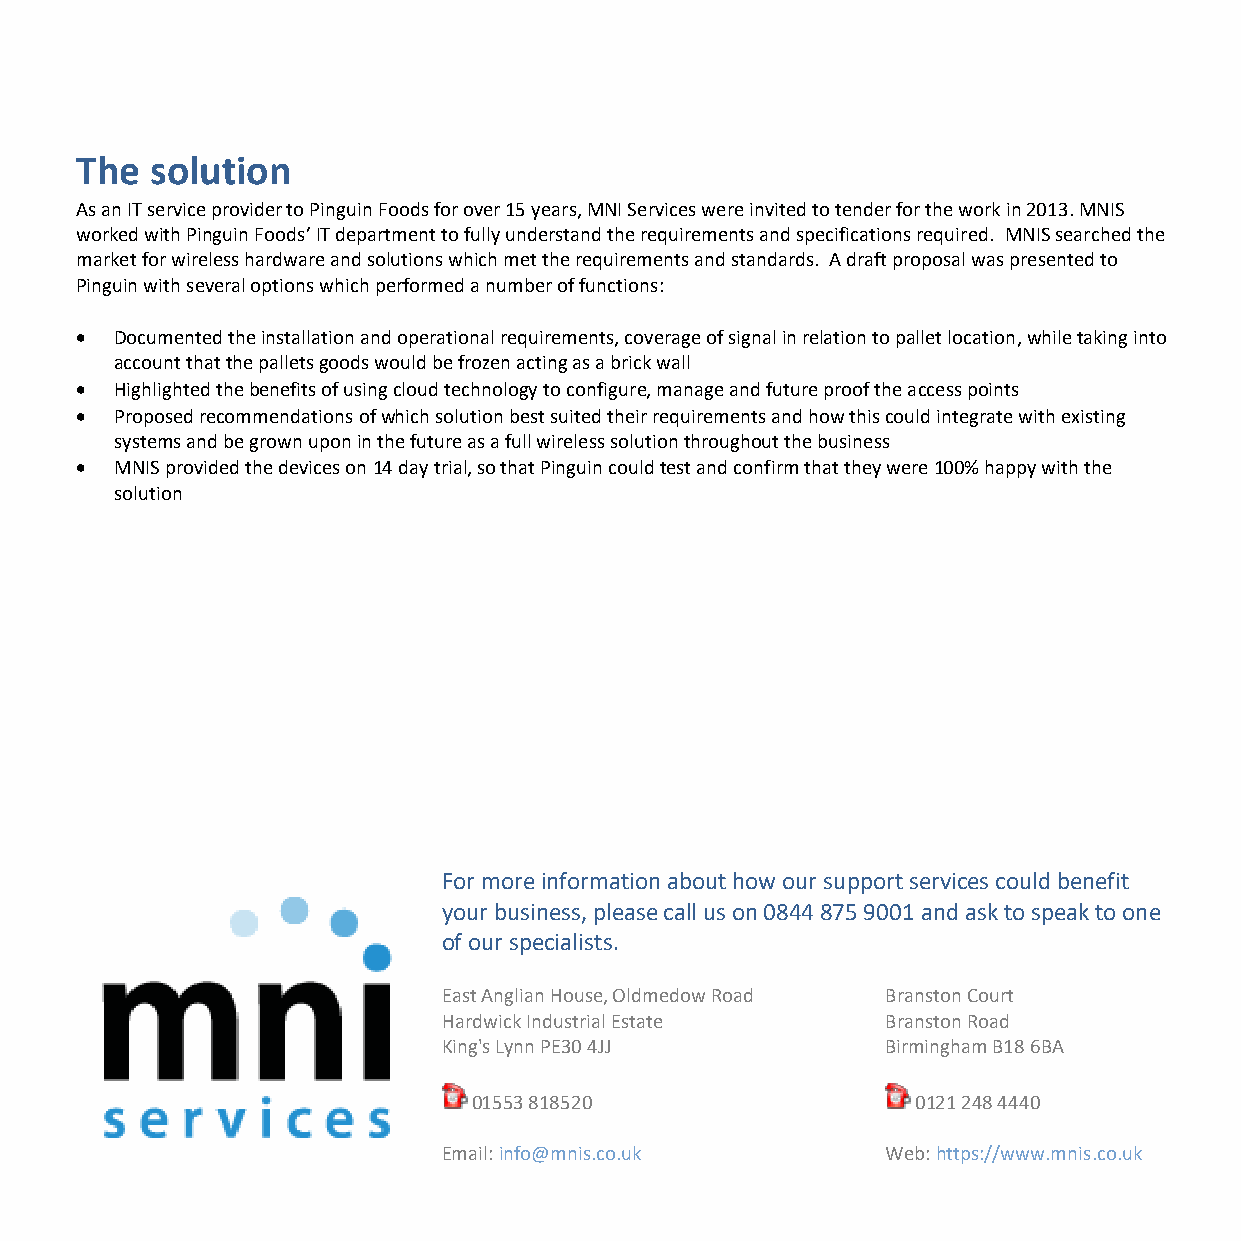
The  solution
 As an IT service provider to Pinguin Foods for over 15 years, MNI Services were invited to tender for the work in 2013. MNIS
 worked with Pinguin Foods’ IT department to fully understand the requirements and specifications required. MNIS searched the
 market for wireless hardware and solutions which met the requirements and standards. A draft proposal was presented to
 Pinguin with several options which performed a number of functions:
 •  Documented the installation and operational requirements, coverage of signal in relation to pallet location, while taking into
 account that the pallets goods would be frozen acting as a brick wall
 •  Highlighted the benefits of using cloud technology to configure, manage and future proof the access points
 •  Proposed recommendations of which solution best suited their requirements and how this could integrate with existing
 systems and be grown upon in the future as a full wireless solution throughout the business
 •  MNIS provided the devices on 14 day trial, so that Pinguin could test and confirm that they were 100% happy with the
 solution
 For more information about how our support services could benefit
 your business, please call us on 0844 875 9001 and ask to speak to one
 of our specialists.
 East Anglian House, Oldmedow Road Branston Court
 Hardwick Industrial Estate    Branston Road
 King's Lynn PE30 4JJ          Birmingham B18 6BA
 01553 818520                  0121 248 4440
 Email: info@mnis.co.uk        Web: https://www.mnis.co.uk